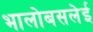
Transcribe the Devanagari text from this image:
भालोबसलेई